Vaccination in Bombay 1874-1876 - 1874-1876
Year: 1874
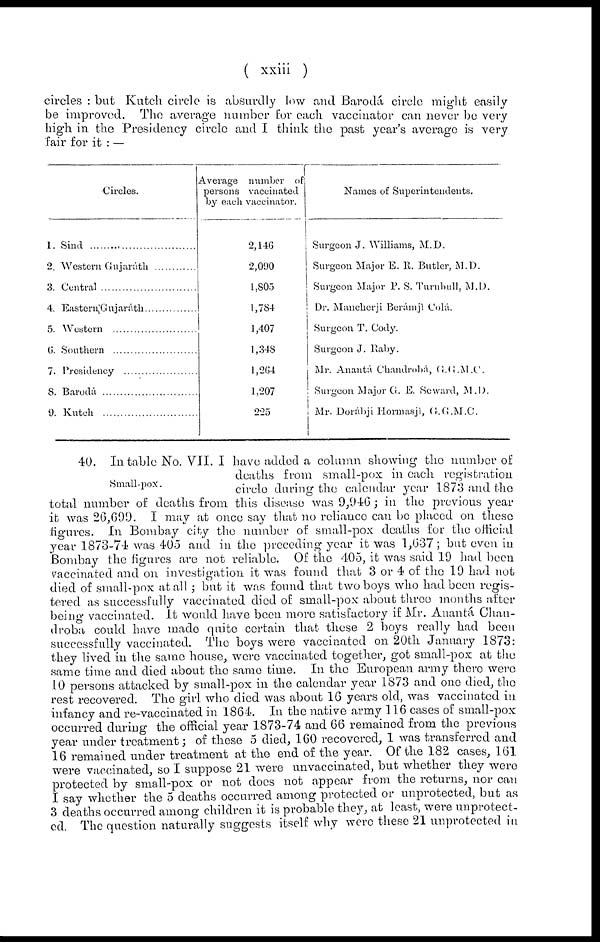
( xxiii )
circles : but Kutch circle is absurdly low and Barodá circle might easily
be improved. The average number for each vaccinator can never be very
high in the Presidency circle and I think the past year's average is very
fair for it : —
Circles.
1.
2.
3.
4.
5.
6.
7.
8.
9.
Sind....................................
Western Gujaráth...............
Central.................................
Eastern Gujaráth
Western
Southern
Presidency
Barodá.................................
Kutch
Average number of
persons vaccinated
by each vaccinator.
2,146
2,090
1,805
1,784
1,407
1,348
1,264
1,207
225
Names of Superintendents.
Surgeon J. Williams, M.D.
Surgeon Major E. R.Butler, M.D.
Surgeon Major P. S. Turubull, M.D.
Dr. Mancherji Beramji Cola.
Surgeon T. Cody.
Surgeon J. Raby.
Mr. Ananta Chandroba, G.G.M.D
Surgeon Major G. E. Seward, M.D.
Mr. Dorabji Hormasji, G.G.M.D.
Small-pox.
40. In table No. VII. I have added a column showing the number of
deaths from small-pox in each registration
circle during the calendar year 1873 and the
total number of deaths from this disease was 9,946 ; in the previous year
it was 26,699. I may at once say that no reliance can be placed on these
figures. In Bombay city the number of small-pox deaths for the official
year 1873-74 was 405 and in the preceding year it was 1,637; but even in
Bombay the figures are not reliable. Of the 405, it was said 19 had been
vaccinated and on investigation it was found that 3 or 4 of the 19 had not
died of small-pox at all ; but it was found that two boys who had been regis-
tered as successfully vaccinated died of small-pox about three months after
being vaccinated. It would have been more satisfactory if Mr. Anantá Chan-
droba could have made quite certain that these 2 boys really had been
successfully vaccinated. The boys were vaccinated on 20th January 1873:
they lived in the same house, were vaccinated together, got small-pox at the
same time and died about the same time. In the European army there were
10 persons attacked by small-pox in the calendar year 1873 and one died, the
rest recovered. The girl who died was about 16 years old, was vaccinated in
infancy and re-vaccinated in 1864. In the native army 116 cases of small-pox
occurred during the official year 1873-74 and 66 remained from the previous
year under treatment ; of these 5 died, 160 recovered, I was transferred and
16 remained under treatment at the end of the year. Of the 182 cases, 161
were vaccinated, so I suppose 21 were unvaccinated, but whether they were
protected by small-pox or not does not appear from the returns, nor can
I say whether the 5 deaths occurred among protected or unprotected, but as
3 deaths occurred among children it is probable they, at least, were unprotect-
ed. The question naturally suggests itself why were these 21 unprotected in